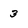
Character: 3